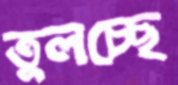
তুলচ্ছে